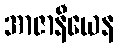
အာဇာနီယေန